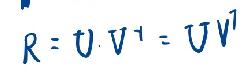
\[ R = U V^{\dagger}=U V^{\dagger} \]